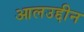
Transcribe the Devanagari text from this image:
आलउद्दीन